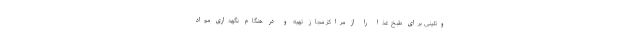
وتئینی برای طبخ غذا را از مراکز مجاز تهیه و در هنگام نگهداری مواد